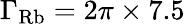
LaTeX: \Gamma_{\mathrm{Rb}}=2\pi\times 7.5